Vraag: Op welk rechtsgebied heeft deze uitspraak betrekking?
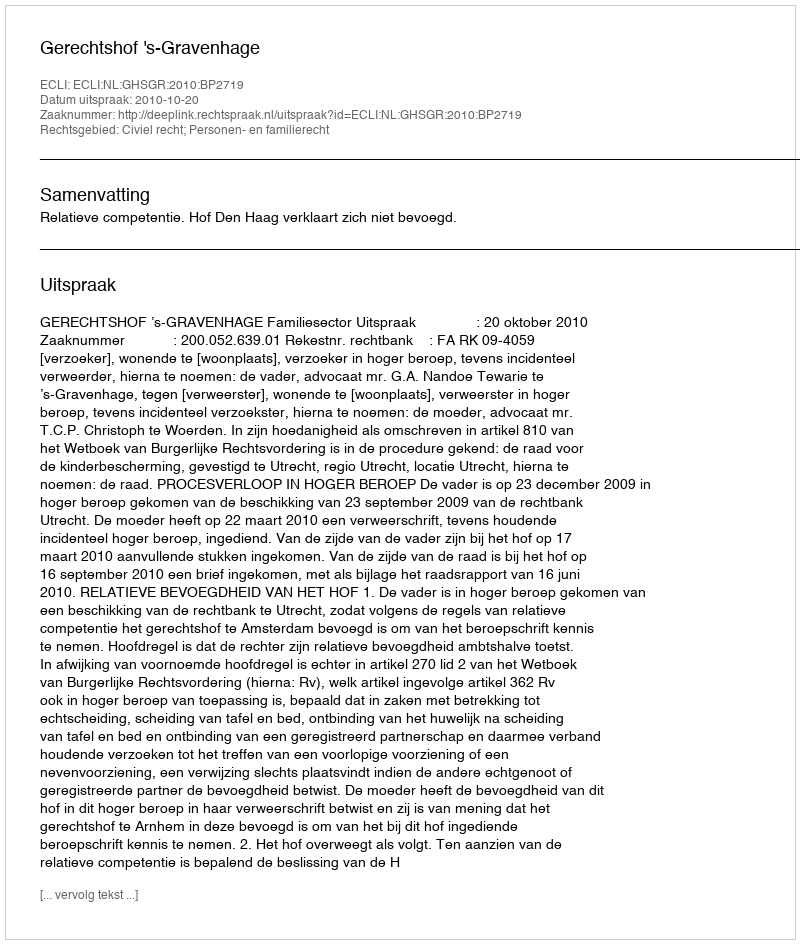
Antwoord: Civiel recht; Personen- en familierecht